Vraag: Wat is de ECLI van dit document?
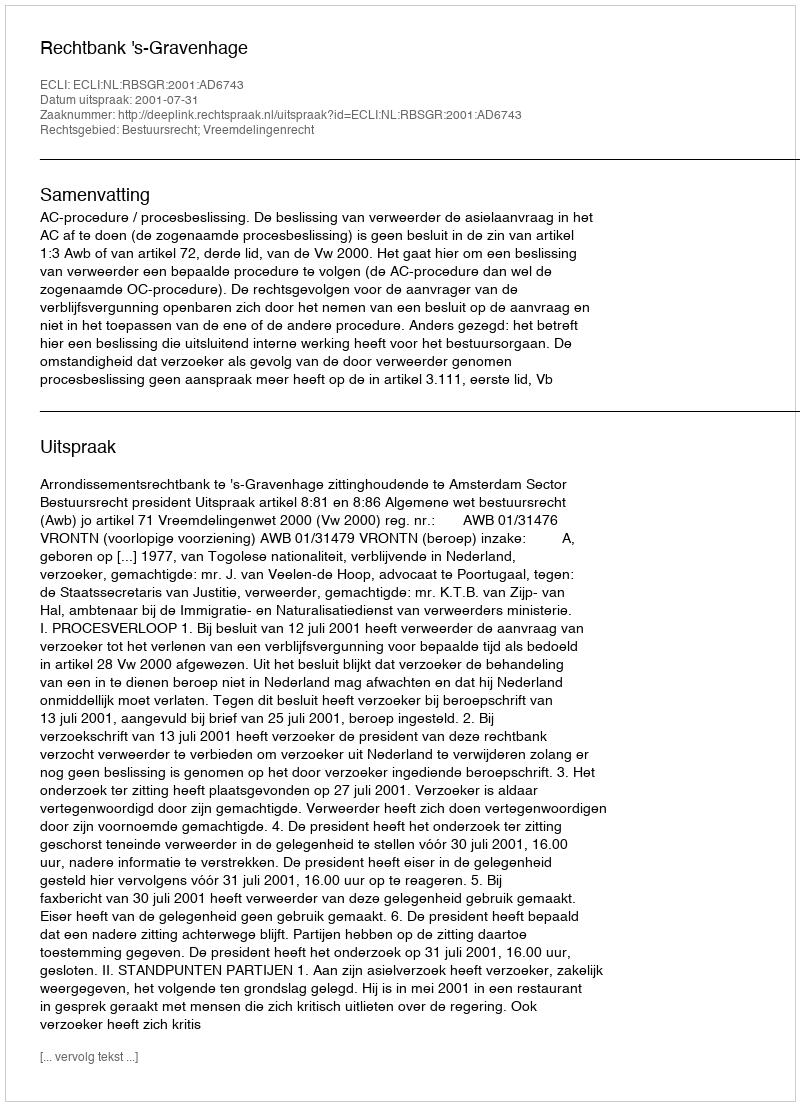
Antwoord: ECLI:NL:RBSGR:2001:AD6743